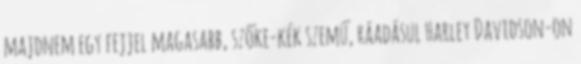
majdnem egy fejjel magasabb, szőke-kék szemű, ráadásul Harley Davidson-on